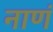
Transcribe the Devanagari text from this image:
नाणं